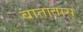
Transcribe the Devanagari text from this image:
बातातास्